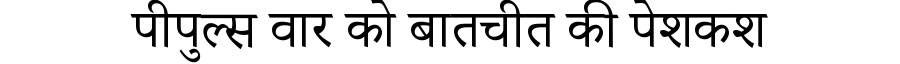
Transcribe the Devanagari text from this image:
पीपुल्स वार को बातचीत की पेशकश